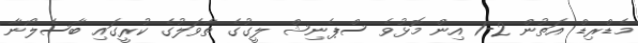
މެޑްރިޑް އަތުން 2-1 އިން މޮޅުވެ ސްޕެނިޝް ލީގުގެ ތާވަލުގެ ކުރީގައި ބާސެލޯނާ